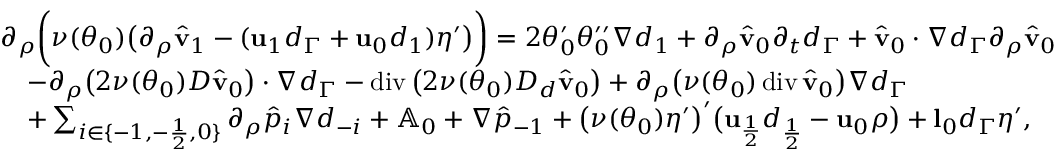
\begin{array} { r l } & { \partial _ { \rho } \bigg ( \nu ( \theta _ { 0 } ) \big ( \partial _ { \rho } \hat { \mathbf { v } } _ { 1 } - ( \mathbf { u } _ { 1 } d _ { \Gamma } + \mathbf { u } _ { 0 } d _ { 1 } ) \eta ^ { \prime } \big ) \bigg ) = 2 \theta _ { 0 } ^ { \prime } \theta _ { 0 } ^ { \prime \prime } \nabla d _ { 1 } + \partial _ { \rho } \hat { \mathbf { v } } _ { 0 } \partial _ { t } d _ { \Gamma } + \hat { \mathbf { v } } _ { 0 } \cdot \nabla d _ { \Gamma } \partial _ { \rho } \hat { \mathbf { v } } _ { 0 } } \\ & { \quad - \partial _ { \rho } \big ( 2 \nu ( \theta _ { 0 } ) D \hat { \mathbf { v } } _ { 0 } \big ) \cdot \nabla d _ { \Gamma } - \operatorname { d i v } \big ( 2 \nu ( \theta _ { 0 } ) D _ { d } \hat { \mathbf { v } } _ { 0 } \big ) + \partial _ { \rho } \big ( \nu ( \theta _ { 0 } ) \operatorname { d i v } \hat { \mathbf { v } } _ { 0 } \big ) \nabla d _ { \Gamma } } \\ & { \quad + \sum _ { i \in \{ - 1 , - \frac { 1 } { 2 } , 0 \} } \partial _ { \rho } \hat { p } _ { i } \nabla d _ { - i } + \mathbb { A } _ { 0 } + \nabla \hat { p } _ { - 1 } + \big ( \nu ( \theta _ { 0 } ) \eta ^ { \prime } \big ) ^ { \prime } \big ( \mathbf { u } _ { \frac { 1 } { 2 } } d _ { \frac { 1 } { 2 } } - \mathbf { u } _ { 0 } \rho \big ) + \mathbf { l } _ { 0 } d _ { \Gamma } \eta ^ { \prime } , } \end{array}